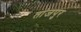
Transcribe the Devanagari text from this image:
तांजपुर